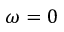
\omega = 0